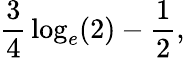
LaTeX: {\frac{3}{4}}\log_{e}(2)-{\frac{1}{2}},